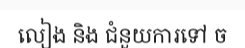
លៀង និង ជំនួយការទៅ ច